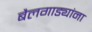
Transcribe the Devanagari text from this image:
बैलगाड्यांना